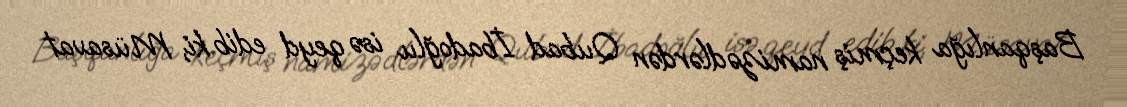
Başqanlığa keçmiş namizədlərdən Qubad İbadoğlu isə qeyd edib ki, Müsavat